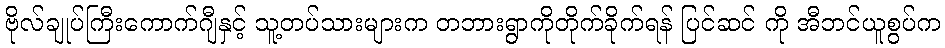
ဗိုလ်ချုပ်ကြီးကောက်ဂျီနှင့် သူ့တပ်သားများက တဘားရွာကိုတိုက်ခိုက်ရန် ပြင်ဆင် ကို အီဘင်ယူစွပ်က